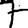
Digit: 7